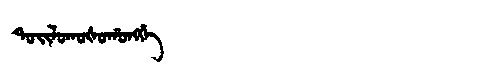
Manchu: ᡨᠣᡳᠯᠣᡴᠣᡧᠣᡥᠣᠩᡤᡝ
Romanization: TOILOKOŠOHONGGE